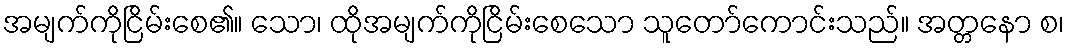
အမျက်ကိုငြိမ်းစေ၏။ သော၊ ထိုအမျက်ကိုငြိမ်းစေသော သူတော်ကောင်းသည်။ အတ္တနော စ၊